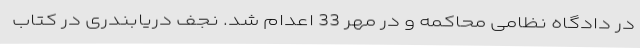
در دادگاه نظامی محاکمه و در مهر 33 اعدام شد. نجف دریابندری در کتاب